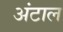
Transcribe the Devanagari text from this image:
अंटाल